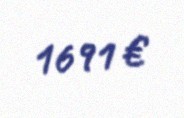
1691 €